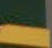
ل